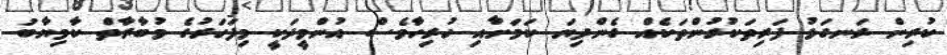
ކުރިން ރަނގަޅު ފަރިތަކުރުންތަކެއް ގެންދިޔަ ކަަމަށާއި ހުރިހާވެސް އުންމީދަކީ މިފަހަރުގެ މުބާރާތް ކާމިޔާބު